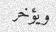
ويؤخر